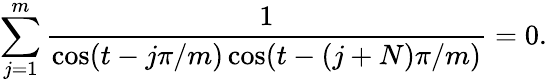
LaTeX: \sum_{j=1}^{m}{\frac{1}{\cos(t-{j\pi/m})\cos(t-{(j+N)\pi/m})}}=0.